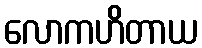
လောကဟိတာယ